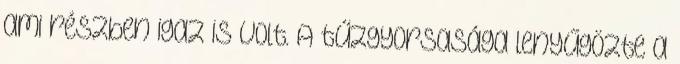
ami részben igaz is volt. A tűzgyorsasága lenyűgözte a